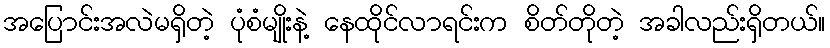
အပြောင်းအလဲမရှိတဲ့ ပုံစံမျိုးနဲ့ နေထိုင်လာရင်းက စိတ်တိုတဲ့ အခါလည်းရှိတယ်။